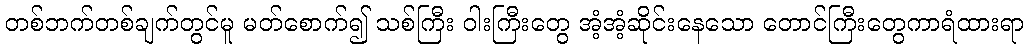
တစ်ဘက်တစ်ချက်တွင်မူ မတ်စောက်၍ သစ်ကြီး ဝါးကြီးတွေ အံ့အံ့ဆိုင်းနေသော တောင်ကြီးတွေကာရံထားရာ